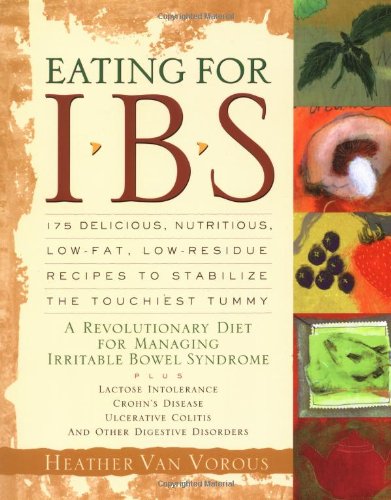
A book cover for Eating for IBS: 175 Delicious, Nutritious, Low-Fat, Low-Residue Recipes to Stabilize the Touchiest Tummy; Heather Van Vorous; Cookbooks, Food & Wine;